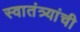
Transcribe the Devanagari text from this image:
स्वातंत्र्यांची